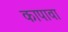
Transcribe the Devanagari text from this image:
कापावा